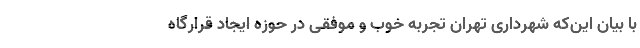
با بیان این‌که شهرداری تهران تجربه خوب و موفقی در حوزه ایجاد قرارگاه